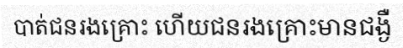
បាត់ជនរងគ្រោះ ហើយជនរងគ្រោះមានជង្ងឺ